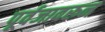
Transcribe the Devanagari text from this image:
पूर्वजावरून